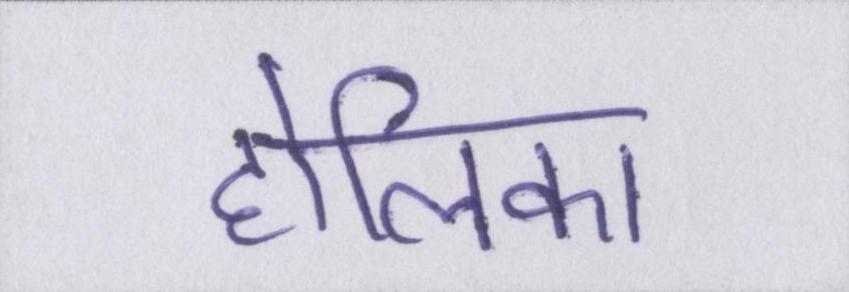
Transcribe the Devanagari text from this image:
होलिका